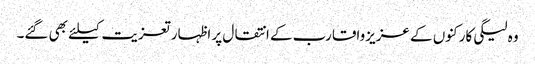
وہ لیگی کارکنوں کے عزیزواقارب کے انتقال پر اظہار تعزیت کیلئے بھی گئے۔